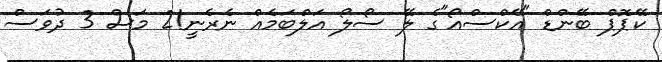
ކޭޕޮޕް ބޭންޑް "އޭކްސްއޯ"ގެ ލޭ ސޯލޯ އަލްބަމެއް ނެރެނީ!2 މަސް 3 ދުވަސް